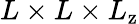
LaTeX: L\times L\times L_{\mathrm{z}}